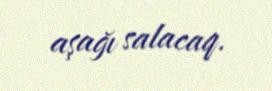
aşağı salacaq.